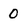
Character: 0